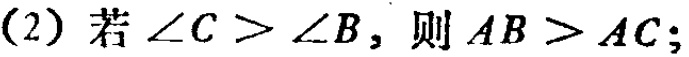
(2) 若$\angle C > \angle B$，则$AB > AC$；